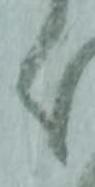
く